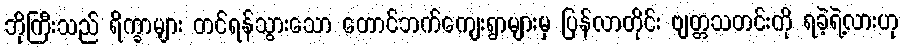
ဘိုကြီးသည် ရိက္ခာများ တင်ရန်သွားသော တောင်ဘက်ကျေးရွာများမှ ပြန်လာတိုင်း ဗျတ္တသတင်းကို ရခဲ့ရဲ့လားဟု